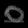
Digit: ၀